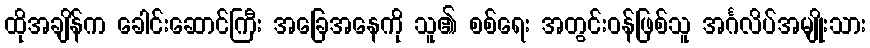
ထိုအချိန်က ခေါင်းဆောင်ကြီး အခြေအနေကို သူ၏ စစ်ရေး အတွင်းဝန်ဖြစ်သူ အင်္ဂလိပ်အမျိုးသား